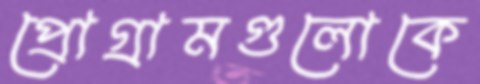
প্রোগ্রামগুলোকে